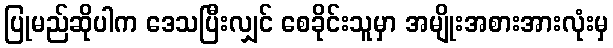
ပြုမည်ဆိုပါက ဒေသပြီးလျှင် စေခိုင်းသူမှာ အမျိုးအစားအားလုံးမှ